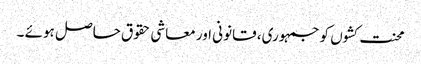
محنت کشوں کو جمہوری، قانونی اور معاشی حقوق حاصل ہوئے ۔